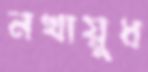
নখায়ুধ